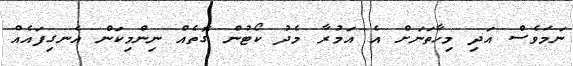
ނަމަވެސް އަދި މިހާތަނަށް އެ އަމުރާ މެދު ކޯޓުން ގޮތެއް ނިންމިކަން އެނގިފައެއް